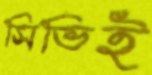
সিভিই